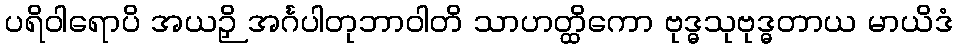
ပရိဝါရောပိ အယဉှိ အင်္ဂပါတုဘာဝါတိ သာဟတ္ထိကော ဗုဒ္ဓသုဗုဒ္ဓတာယ မာယိဒံ